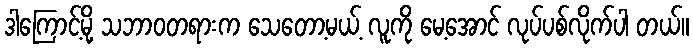
ဒါကြောင့်မို့ သဘာဝတရားက သေတော့မယ့် လူကို မေ့အောင် လုပ်ပစ်လိုက်ပါ တယ်။